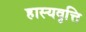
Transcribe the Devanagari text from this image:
हास्यवृत्ति